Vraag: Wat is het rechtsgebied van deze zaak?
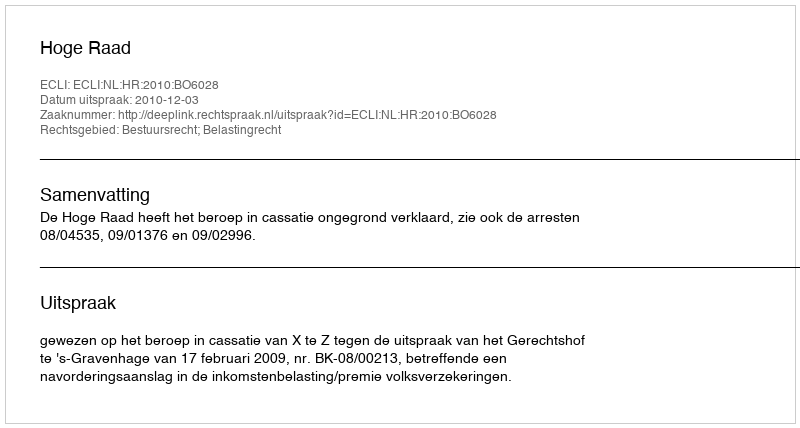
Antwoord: Bestuursrecht; Belastingrecht